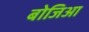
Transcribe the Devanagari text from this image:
बोजिआ